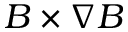
B \times \nabla B